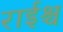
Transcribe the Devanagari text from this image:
राईश्च